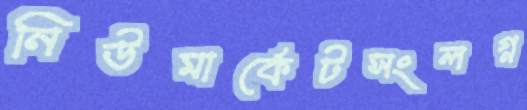
নিউমার্কেটসংলগ্ন